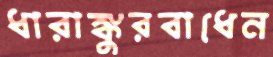
ধারাঙ্কুরবাধেন